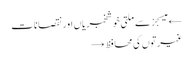
← میسجز سے ملتی خوشخبریاں اور نقصانات
غیرتوں کی محافظ →